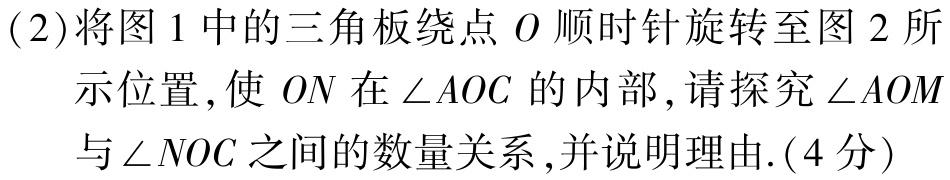
(2)将图1中的三角板绕点\(O\)顺时针旋转至图2所示位置,使 \(ON\)在\(\angle AOC\)的内部,请探究\(\angle AOM\)与\(\angle NOC\)之间的数量关系,并说明理由.(4分)